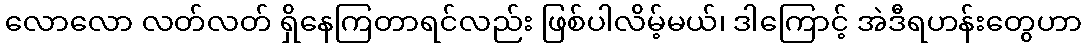
လောလော လတ်လတ် ရှိနေကြတာရင်လည်း ဖြစ်ပါလိမ့်မယ်၊ ဒါကြောင့် အဲဒီရဟန်းတွေဟာ